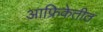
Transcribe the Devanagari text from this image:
आफ्रिकेतीत